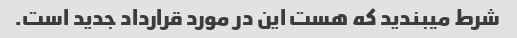
شرط میبندید که هست این در مورد قرارداد جدید است.